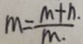
m = \frac { m + n . } { m . }